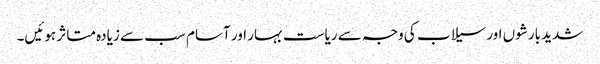
شدید بارشوں اور سیلاب کی وجہ سے ریاست بہار اور آسام سب سے زیادہ متاثر ہوئیں۔